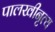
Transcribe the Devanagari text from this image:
पालखीनृत्य